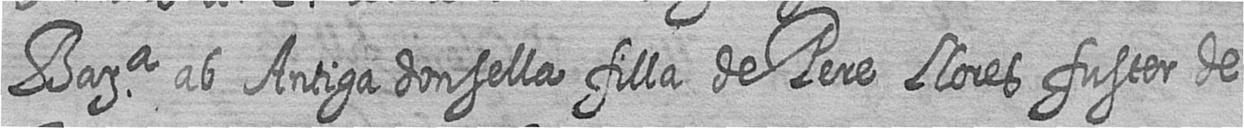
Bara ab Antiga donsella filla de Pere Llores fuster de